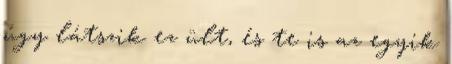
úgy látszik ez ült, és te is az egyik